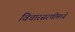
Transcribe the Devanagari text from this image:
विचारसरणींमध्ये